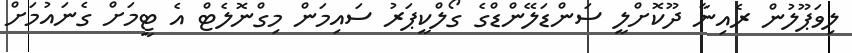
ލިވަޕޫލުން ރެއިނާ ދޫކޮށްލީ ސަންޑަލޭންޑްގެ ގޯލްކީޕަރު ސައިމަން މިގްނޮލެޓް އެ ޓީމަށް ގެނައުމަށް